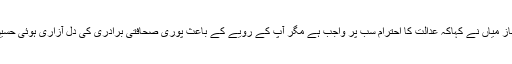
جوائنٹ ایکشن کمیٹی کی جانب سے محمد شہباز میاں نے کہاکہ عدالت کا احترام سب پر واجب ہے مگر آپ کے رویے کے باعث پوری صحافتی برادری کی دل آزاری ہوئی حسین نقی صاحب ہماری تین نسلوں کے استاد ہیں۔